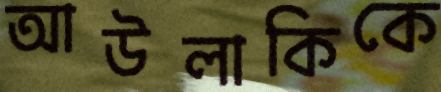
আউলাকিকে